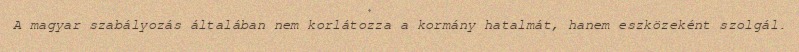
A magyar szabályozás általában nem korlátozza a kormány hatalmát, hanem eszközeként szolgál.